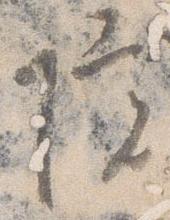
院